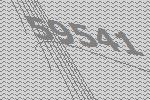
59541